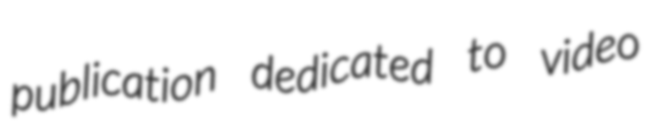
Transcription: publication dedicated to video